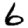
Digit: 6